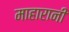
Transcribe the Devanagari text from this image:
माहारानी